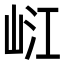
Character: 𡷍